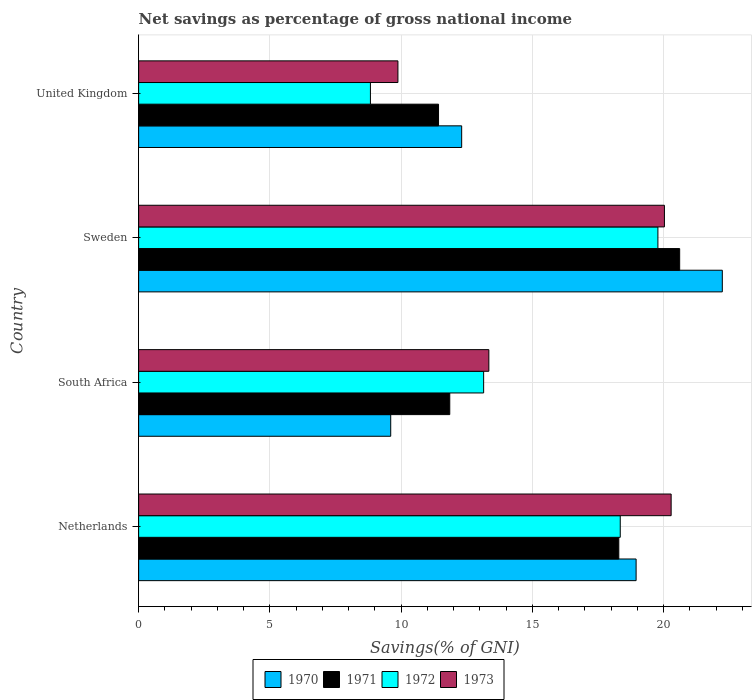
| Country | 1970 | 1971 | 1972 | 1973 |
 | --- | --- | --- | --- | --- |
 | Netherlands | 19 | 18.3 | 18.3 | 20.3 |
 | South Africa | 9.6 | 11.9 | 13.1 | 13.3 |
 | Sweden | 22.2 | 20.6 | 19.8 | 20 |
 | United Kingdom | 12.3 | 11.4 | 8.83 | 9.88 |